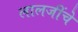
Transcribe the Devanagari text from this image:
लालजींचे